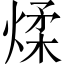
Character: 煣